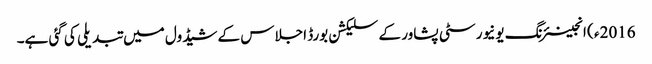
2016ء ) انجینئرنگ یونیورسٹی پشاور کے سلیکشن بورڈ اجلاس کے شیڈول میں تبدیلی کی گئی ہے۔